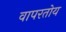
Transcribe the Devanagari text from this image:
वापरतोय